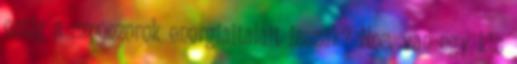
estig a szponzorok energiaitalait isszák? Nos, van egy kis